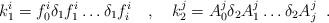
LaTeX: \begin{align*}k_1^i = f_0^i\delta_1f_1^i\ldots \delta_1f_i^i \quad,\quad k_2^j= A_0^j\delta_2A_1^j\ldots \delta_2A_j^j \;\;.\end{align*}